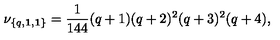
\nu _ { \{ q , { \bf 1 } , { \bf 1 } \} } = { \frac { 1 } { 1 4 4 } } ( q + 1 ) ( q + 2 ) ^ { 2 } ( q + 3 ) ^ { 2 } ( q + 4 ) ,